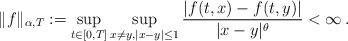
LaTeX: \begin{align*}\|f\|_{\alpha,T}:= \sup_{t\in [0,T]} \sup_{x\neq y, |x-y|\leq 1} \frac{|f(t,x)-f(t,y)|}{|x-y|^\theta} < \infty\,.\end{align*}